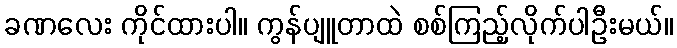
ခဏလေး ကိုင်ထားပါ။ ကွန်ပျူတာထဲ စစ်ကြည့်လိုက်ပါဦးမယ်။